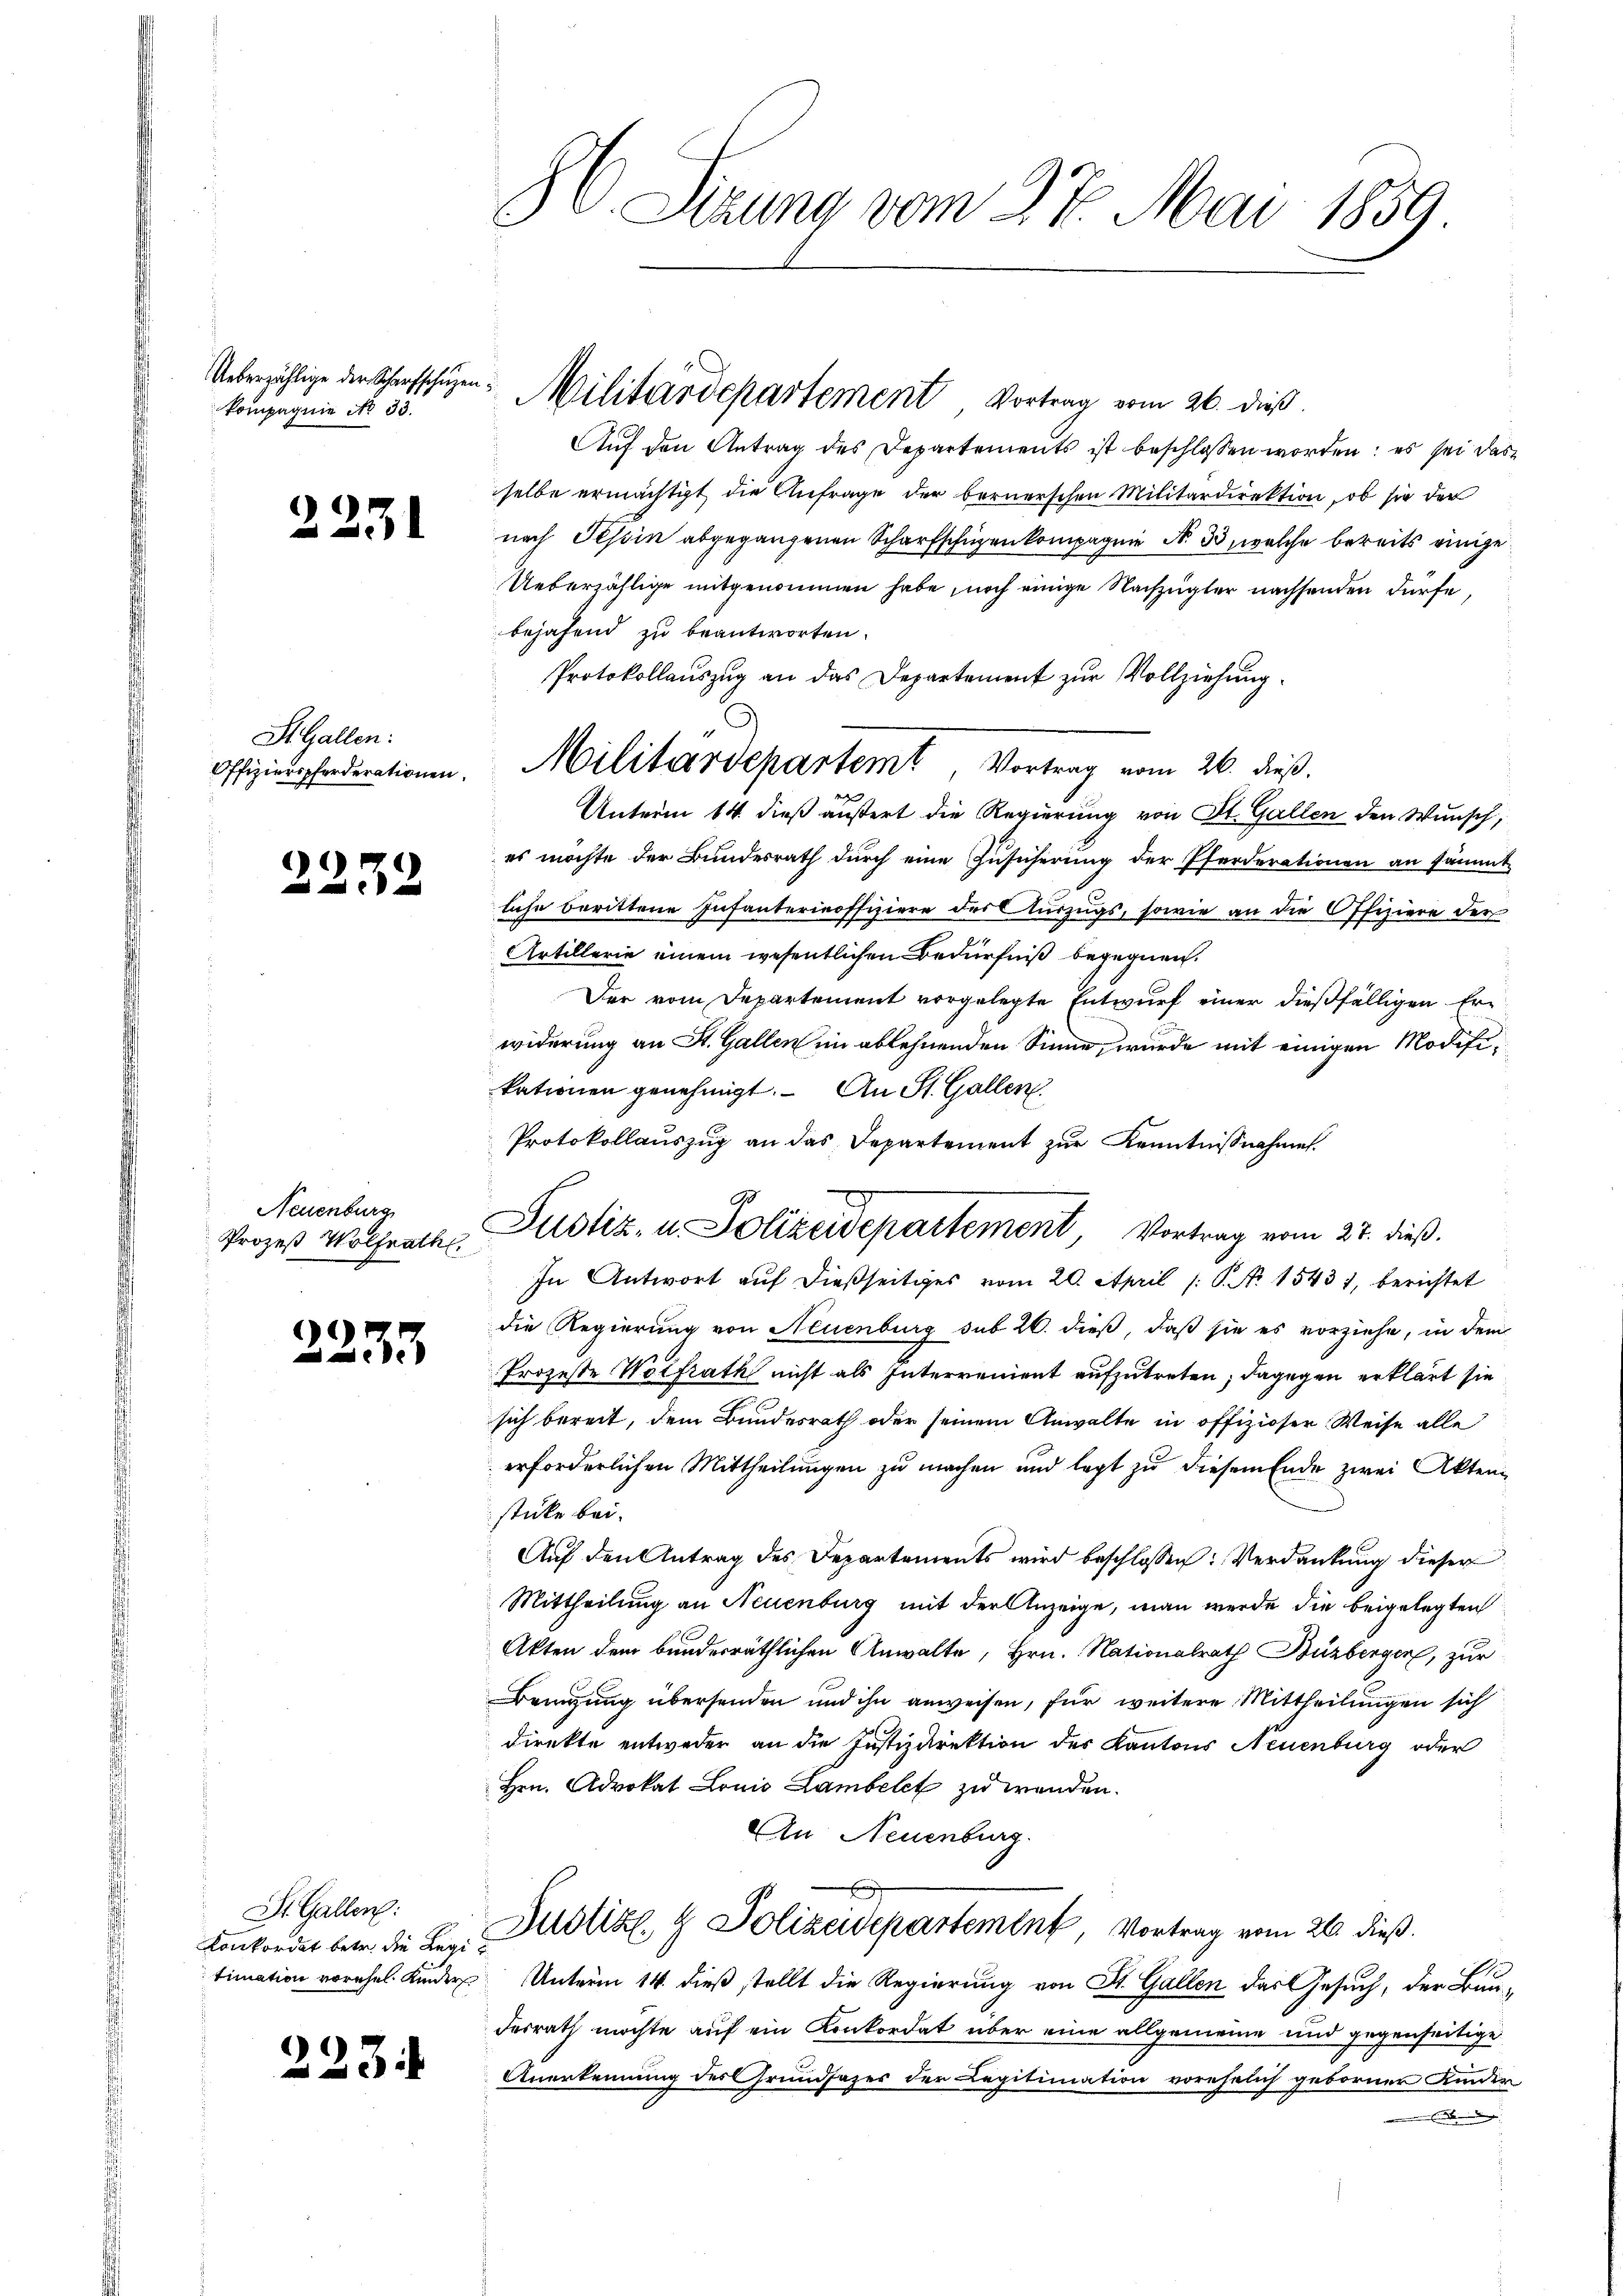
kompagnie No 33.

2231

St. Gallen:
Offizierspferderationen.

2232

Neuenburg
Prozeß Wolfrath.

e
de

St. Gallen:
Konkordat betr. die Regie
timation vorehel Kinder

223.

8C. Sitzung vom 27. Mai 1859

Ueberrichtige der Scharfschüzen: Militärdepartement Vortrag vom 26. dieß.

Auf den Antrag des Departements ist beschlossen worden: es sei das
selbe ermächtigt die Anfrage der bernerschen Militärdirektion, ob sie der
nach Tessin abgegangenen Scharfschüzen kompagnie N. 33, welche bereits einige
Ueberzählige mitgenommen habe, noch einige Nachzugter nachsenden dürfe,
bejahend zu beantworten.
Protokollauszug an das Departement zur Vollziehung.
Unterm 14. dieß äußert die Regierung von St. Gallen den Wunsch,
es möchte der Bundesrath durch eine Zusicherung der Pferderationen an sämmt-
liche berittene Infanterinoffiziere der Auszugs, sowie an die Offiziere der
Artillerie einem wesentlichen Bedürfniß begegnen.
Der vom Departement vorgelegte Entwurf einer dießfälligen Erwiderung an St. Gallen im ablehnenden Sinne, wurde mit einigen Modifikationen genehmigt. – An St. Gallen
Protokollauszug an das Departement zur Kenntnißnahme.
In Antwort auf dießseitiges vom 20. April /: P. No 1543), berichtet
die Regierung von Neuenburg sub 20. dieß, daß sie es vorziehe, in dem
Prozesse Wolfrath nicht als Interrenient aufzutreten; dagegen erklärt sie
sich bereit, dem Bundesrath oder seinem Anwalte in offiziöser Weise alle
erforderlichen Mittheilungen zu machen und legt zu diesem Ende zwei Aktenstücke bei.
Auf den Antrag des Departements wird beschlossen: Verdankung dieser
Mittheilung an Neuenburg mit der Anzeige, man werde die beigelegten
Akten dem bunderräthlichen Anwalte, Hrn. Nationalrath Büzberger, zur
Dringung übersenden und ihn anweisen, für weitere Mittheilungen sich
direkte entweder an die Justizdirektion des Kantons Neuenburg oder
Hrn. Advokat Louis Lambelet zu wenden.
An Neuenburg.

Justiz & Polizeidepartement, Vortrag vom 26. dieß.
Unterm 14. dieß stellt die Regierung von St. Gallen das Gesuch, der Bundesrath möchte auf ein Konkordat über eine allgemeine und gegenseitige
Anerkennung des Grundfazer der Legitimation vorehelich geborner Kinder
.

Militärdepartemt Vortrag vom 26. dieβ.

Justiz- u. Polizeidepartement, Vortrag vom 27. dieß.